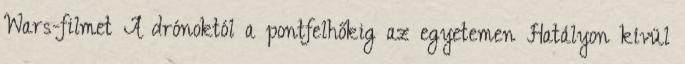
Wars-filmet A drónoktól a pontfelhőkig az egyetemen Hatályon kívül